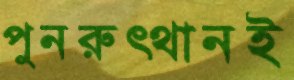
পুনরুত্থানই